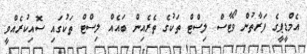
އެމްޑީޕީގެ ފަރާތުން ވޯޓާސް ލިސްޓް ތަކުގެ ތެރެއިން ބައެއް ލިސްޓް ތަކުގައި ސޮއިކުރެއްވީ